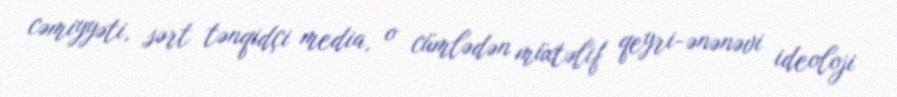
cəmiyyəti, sərt tənqidçi media, o cümlədən müxtəlif qeyri-ənənəvi ideoloji